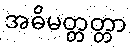
အဓိမတ္တတ္တာ